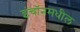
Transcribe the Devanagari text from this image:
इंचॉनमधील